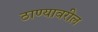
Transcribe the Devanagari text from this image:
ठाण्यावरील